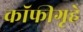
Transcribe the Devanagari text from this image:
कॉफीगृहे